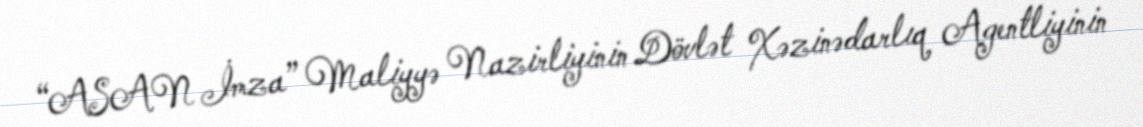
“ASAN İmza” Maliyyə Nazirliyinin Dövlət Xəzinədarlıq Agentliyinin